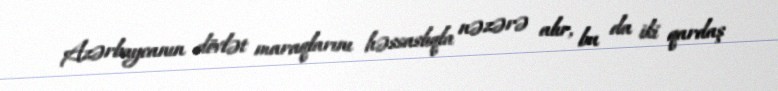
Azərbaycanın dövlət maraqlarını həssaslıqla nəzərə alır, bu da iki qardaş